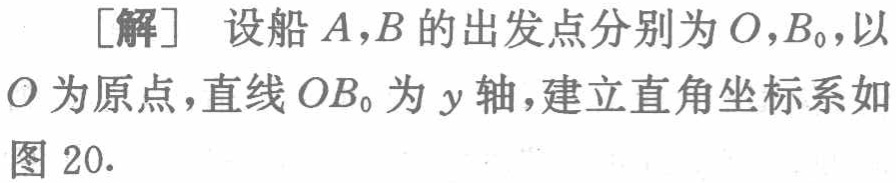
[解] 设船 \(A,B\) 的出发点分别为 \(O,B_{0}\)，以 \(O\) 为原点，直线 \(OB_{0}\) 为 \(y\) 轴，建立直角坐标系如图 20.